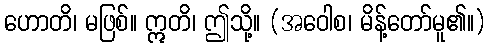
ဟောတိ၊ မဖြစ်။ ဣတိ၊ ဤသို့။ (အဝေါစ၊ မိန့်တော်မူ၏။)